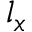
l _ { x }